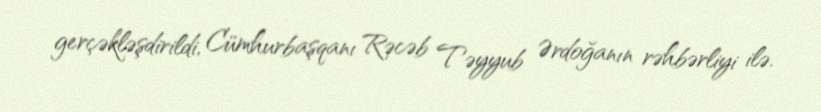
gerçəkləşdirildi, Cümhurbaşqanı Rəcəb Təyyub Ərdoğanın rəhbərliyi ilə.